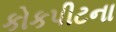
કોકપીટના